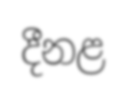
දීනළ